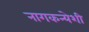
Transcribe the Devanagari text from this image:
नागकन्येशी